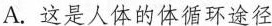
A.这是人体的体循环途径